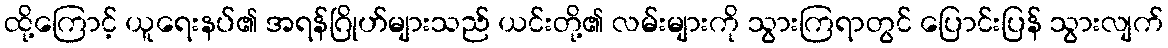
ထို့ကြောင့် ယူရေးနပ်၏ အရန်ဂြိုဟ်များသည် ယင်းတို့၏ လမ်းများကို သွားကြရာတွင် ပြောင်းပြန် သွားလျက်